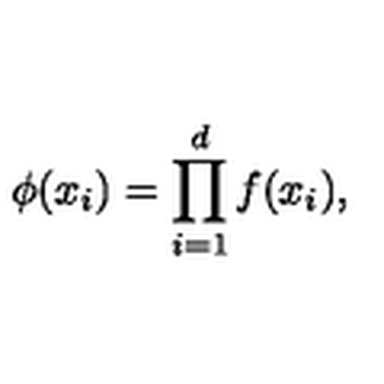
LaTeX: \phi ( x _ { i } ) = \prod _ { i = 1 } ^ { d } f ( x _ { i } ) ,